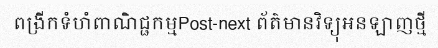
ពង្រីកទំហំពាណិជ្ជកម្មPost-next ព័ត៌មានវិទ្យុអនឡាញថ្មី